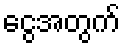
ငွေအတွက်